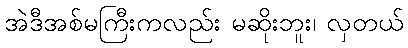
အဲဒီအစ်မကြီးကလည်း မဆိုးဘူး၊ လှတယ်